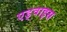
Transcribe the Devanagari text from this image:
एड्वाइस